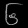
Digit: ၆